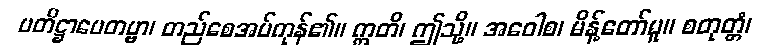
ပတိဋ္ဌာပေတဗ္ဗာ၊ တည်စေအပ်ကုန်၏။ ဣတိ၊ ဤသို့။ အဝေါစ၊ မိန့်တော်မူ။ စတုတ္တံ၊